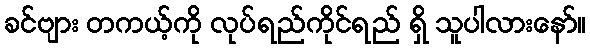
ခင်ဗျား တကယ့်ကို လုပ်ရည်ကိုင်ရည် ရှိ သူပါလားနော်။